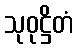
သုဝုဋ္ဌိတံ